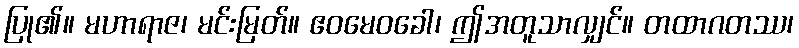
ပြု၏။ မဟာရာဇ၊ မင်းမြတ်။ ဧဝမေဝခေါ၊ ဤအတူသာလျှင်။ တထာဂတဿ၊